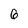
Character: 6